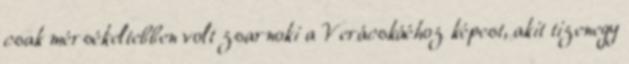
csak mérsékeltebben volt zsarnoki a Verácskáéhoz képest, akit tizenegy